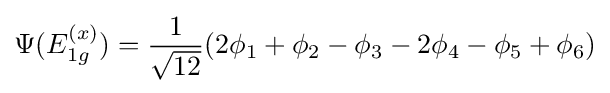
\Psi (E_{1g}^{(x)})={\frac {1}{\sqrt {12}}}(2\phi _{1}+\phi _{2}-\phi _{3}-2\phi _{4}-\phi _{5}+\phi _{6})